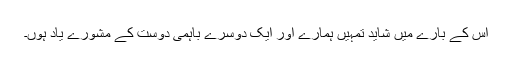
اس کے بارے میں شاید تمہیں ہمارے اور ایک دوسرے باہمی دوست کے مشورے یاد ہوں۔